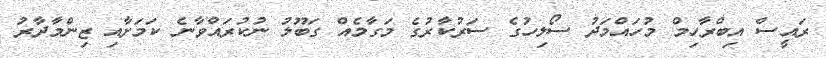
ރައީސް އިބްރާހިމް މުހައްމަދު ސޯލިހުގެ ސަރުކާރުގެ މަގާމެއް ގަބޫލު ނުކުރައްވާނެ ކަމަށާއި ޒިންމާދާރު